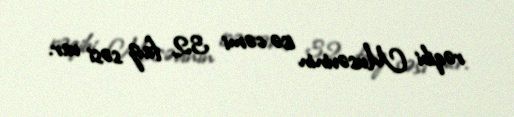
rəqibi Musəvinin isə cəmi 32 faiz səsi var.